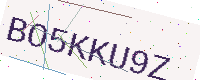
Text: BO5KKU9Z